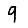
Digit: 9